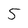
Character: 5